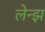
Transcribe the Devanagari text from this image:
लेन्झ